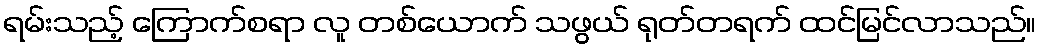
ရမ်းသည့် ကြောက်စရာ လူ တစ်ယောက် သဖွယ် ရုတ်တရက် ထင်မြင်လာသည်။